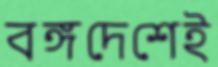
বঙ্গদেশেই